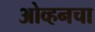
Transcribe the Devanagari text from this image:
ओव्हनचा